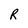
Character: R